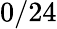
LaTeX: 0/24